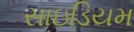
સાઇડિયમ